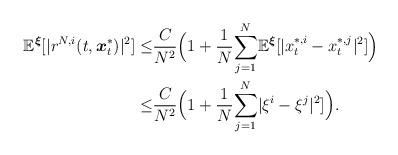
LaTeX: \begin{align*}\begin{aligned}\mathbb{E}^{\boldsymbol{\xi}}[|r^{N,i}(t,\boldsymbol{x}^*_t)|^2]\leq& \frac{C}{N^2}\Big(1+\frac{1}{N}\underset{j=1}{\overset{N}\sum}\mathbb{E}^{\boldsymbol{\xi}}[|x^{*,i}_t-x^{*,j}_t|^2]\Big)\\\leq & \frac{C}{N^2}\Big(1+\frac{1}{N}\underset{j=1}{\overset{N}\sum}|\xi^{i}-\xi^{j}|^2]\Big).\end{aligned}\end{align*}